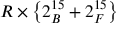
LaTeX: R \times \left\{ 2 _ { B } ^ { 1 5 } + 2 _ { F } ^ { 1 5 } \right\}